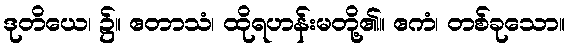
ဒုတိယေ၊ ၌။ ဧတာသံ၊ ထိုရဟန်းမတို့၏။ ဧကံ၊ တစ်ခုသော။